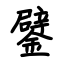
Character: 鐾